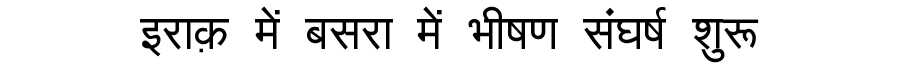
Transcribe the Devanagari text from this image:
इराक़ में बसरा में भीषण संघर्ष शुरू